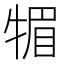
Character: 𤚤